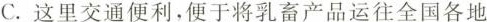
C.这里交通便利，便于将乳畜产品运往全国各地